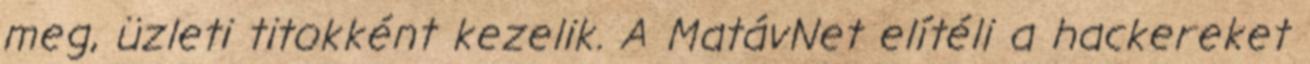
meg, üzleti titokként kezelik. A MatávNet elítéli a hackereket